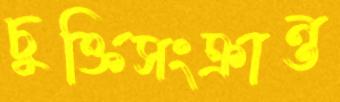
চুক্তিসংক্রান্ত